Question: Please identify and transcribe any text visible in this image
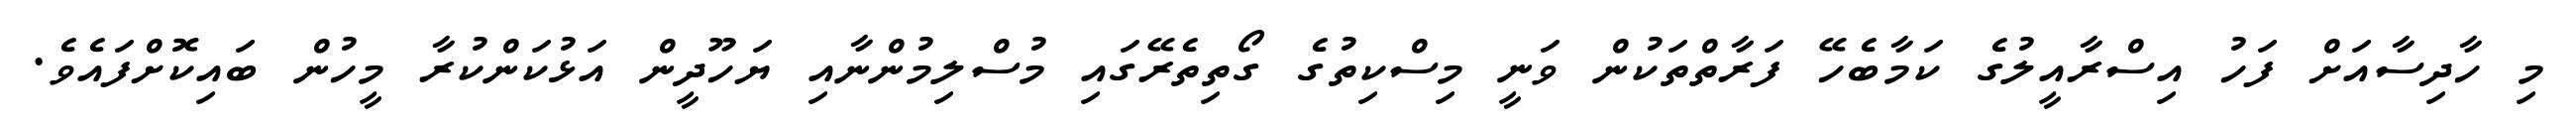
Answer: މި ހާދިސާއަށް ފަހު އިސްރާއީލުގެ ކަމާބެހޭ ފަރާތްތަކުން ވަނީ މިސްކިތުގެ ގޯތިތެރޭގައި މުސްލިމުންނާއި ޔަހޫދީން އަޅުކަންކުރާ މީހުން ބައިކޮށްފައެވެ.